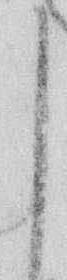
御